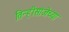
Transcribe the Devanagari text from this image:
तिन्हीसांजेच्या